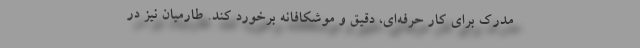
مدرک برای کار حرفه‌ای، دقیق و موشکافانه برخورد کند. طارمیان نیز در